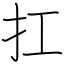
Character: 扛